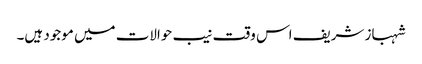
شہباز شریف اس وقت نیب حوالات میں موجود ہیں۔